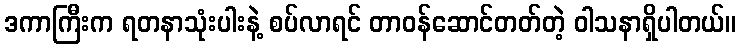
ဒကာကြီးက ရတနာသုံးပါးနဲ့ စပ်လာရင် တာဝန်ဆောင်တတ်တဲ့ ဝါသနာရှိပါတယ်။